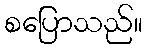
စပြောသည်။